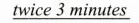
\underline{twice 3 minutes}